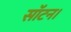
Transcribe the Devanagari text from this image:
सॉटन।